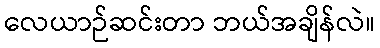
လေယာဉ်ဆင်းတာ ဘယ်အချိန်လဲ။